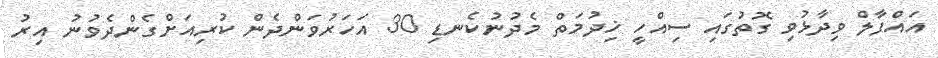
އައްފާލް ވިދާޅުވި ގޮތުގައި ސިއްހީ ޚިދުމަތް މެދުނުކެނޑި 30 އަހަރުވަންދެން ކުރިއަށްގެންދެވުނު އިރު